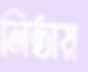
নিষ্ঠায়